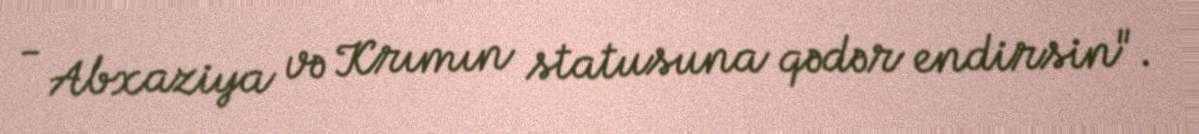
- Abxaziya və Krımın statusuna qədər endirsin".